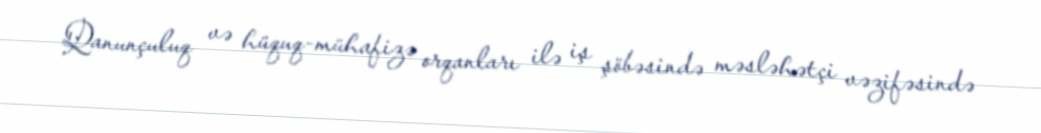
Qanunçuluq və hüquq-mühafizə orqanları ilə iş şöbəsində məsləhətçi vəzifəsində